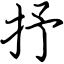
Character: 抒